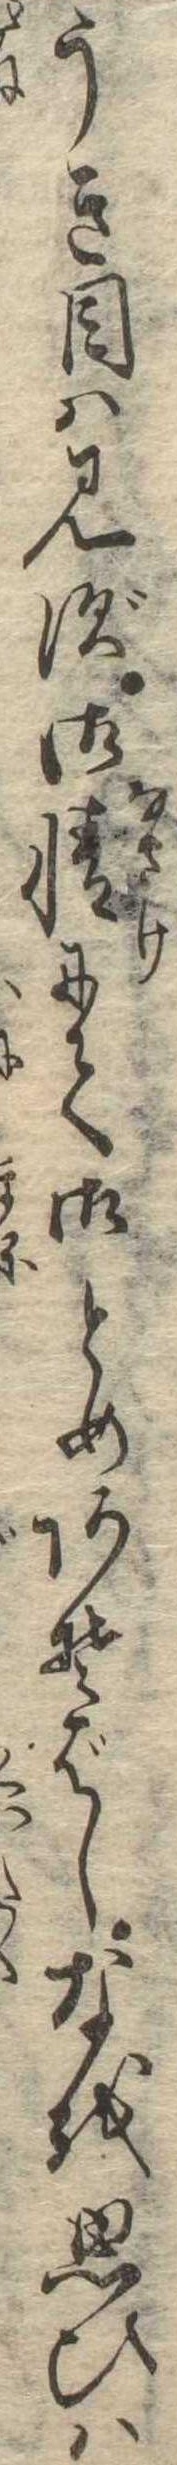
うき目は見ず御情にて御とめあそばしなを思ひは